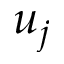
u _ { j }